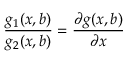
\frac { g _ { 1 } ( x , b ) } { g _ { 2 } ( x , b ) } = \frac { \partial g ( x , b ) } { \partial x }